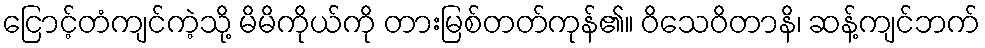
ငြောင့်တံကျင်ကဲ့သို့ မိမိကိုယ်ကို တားမြစ်တတ်ကုန်၏။ ဝိသေဝိတာနိ၊ ဆန့်ကျင်ဘက်